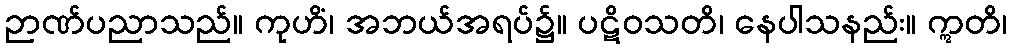
ဉာဏ်ပညာသည်။ ကုဟိံ၊ အဘယ်အရပ်၌။ ပဋိဝသတိ၊ နေပါသနည်း။ ဣတိ၊